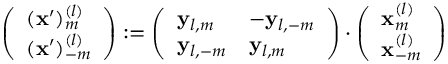
\left( \begin{array} { l } { ( \mathbf { x } ^ { \prime } ) _ { m } ^ { ( l ) } } \\ { ( \mathbf { x } ^ { \prime } ) _ { - m } ^ { ( l ) } } \end{array} \right) : = \left( \begin{array} { l l } { \mathbf { y } _ { l , m } } & { - \mathbf { y } _ { l , - m } } \\ { \mathbf { y } _ { l , - m } } & { \mathbf { y } _ { l , m } } \end{array} \right) \cdot \left( \begin{array} { l } { \mathbf { x } _ { m } ^ { ( l ) } } \\ { \mathbf { x } _ { - m } ^ { ( l ) } } \end{array} \right)